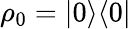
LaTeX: \rho_{0}=|0\rangle\langle 0|